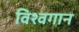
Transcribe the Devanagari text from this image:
विश्वगान